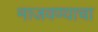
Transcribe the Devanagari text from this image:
माजवण्याचा